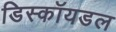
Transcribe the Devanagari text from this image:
डिस्कॉयडल